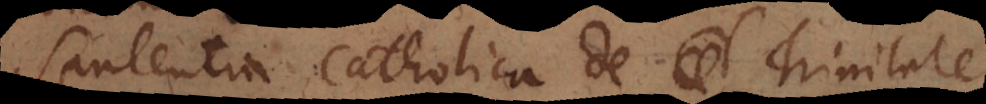
Sententia Catholica de Trinitate